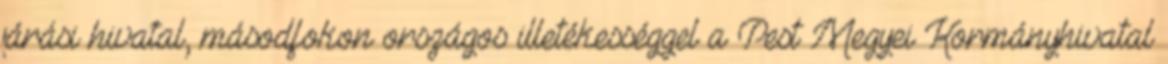
járási hivatal, másodfokon országos illetékességgel a Pest Megyei Kormányhivatal